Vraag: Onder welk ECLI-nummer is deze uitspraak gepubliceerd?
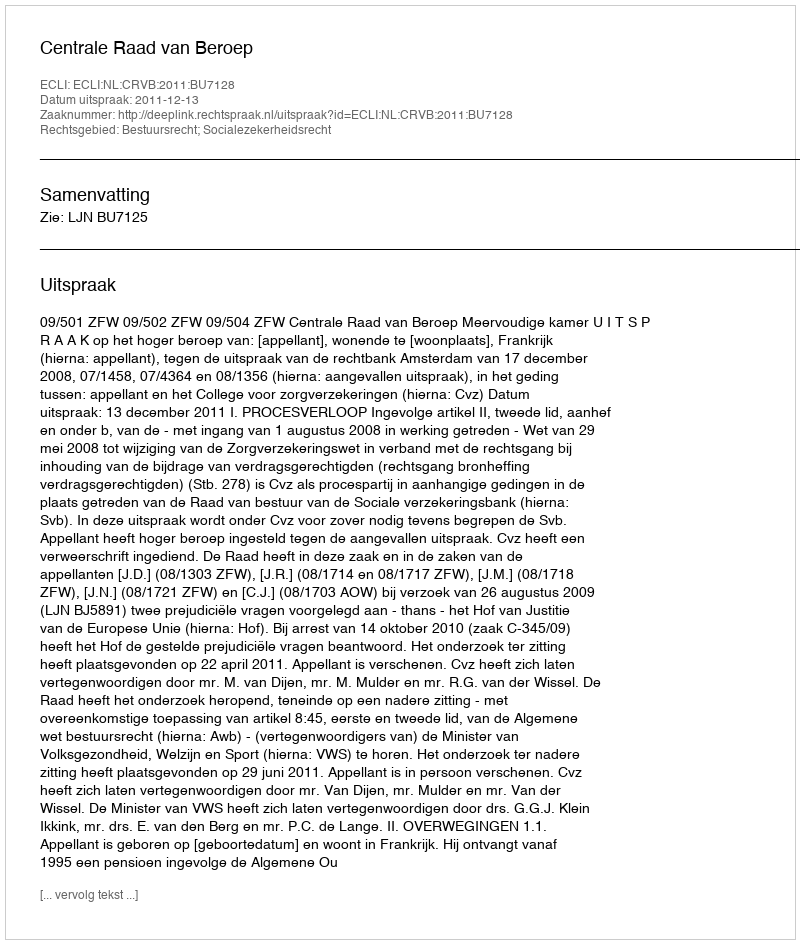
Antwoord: ECLI:NL:CRVB:2011:BU7128